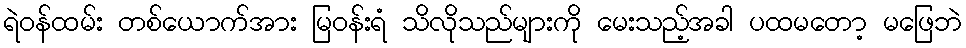
ရဲဝန်ထမ်း တစ်ယောက်အား မြဝန်းရံ သိလိုသည်များကို မေးသည့်အခါ ပထမတော့ မဖြေဘဲ